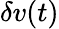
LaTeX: \delta v(t)